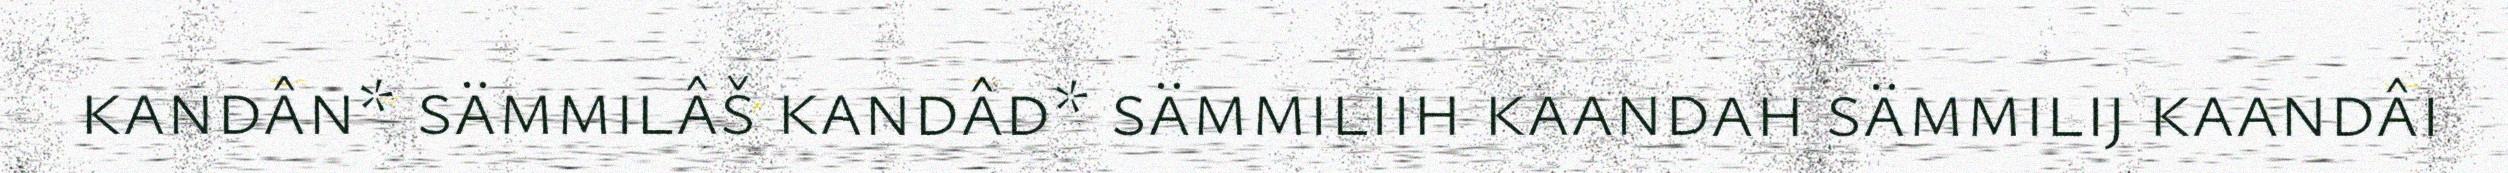
kandân* sämmilâš kandâd* sämmiliih kaandah sämmilij kaandâi